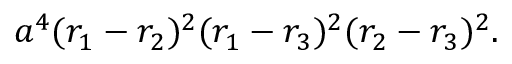
a ^ { 4 } ( r _ { 1 } - r _ { 2 } ) ^ { 2 } ( r _ { 1 } - r _ { 3 } ) ^ { 2 } ( r _ { 2 } - r _ { 3 } ) ^ { 2 } .